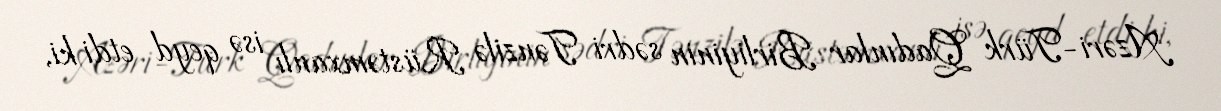
Azəri-Türk Qadınlar Birliyinin sədri Tənzilə Rüstəmxanlı isə qeyd etdi ki,